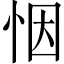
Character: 𢙫